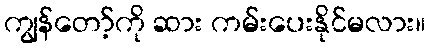
ကျွန်တော့်ကို ဆား ကမ်းပေးနိုင်မလား။